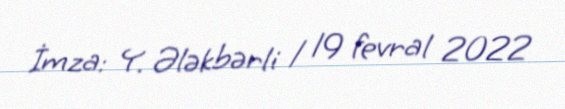
İmza: Y. Ələkbərli / 19 fevral 2022